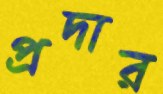
প্রদার